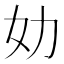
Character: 𰋶